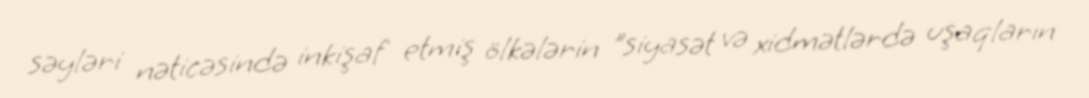
səyləri nəticəsində inkişaf etmiş ölkələrin "siyasət və xidmətlərdə uşaqların